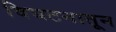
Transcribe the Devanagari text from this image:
विघटनातून